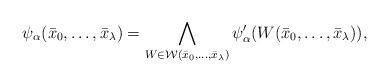
LaTeX: \begin{align*}\psi_\alpha(\bar{x}_0,\ldots,\bar{x}_\lambda)=\bigwedge\limits_{W\in{ \mathcal W}(\bar{x}_0,\ldots,\bar{x}_\lambda)}\psi'_\alpha(W(\bar{x}_0,\ldots,\bar{x}_\lambda)),\end{align*}